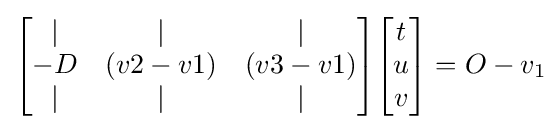
{\begin{bmatrix}\vert &\vert &\vert \\-D&(v2-v1)&(v3-v1)\\\vert &\vert &\vert \end{bmatrix}}{\begin{bmatrix}t\\u\\v\end{bmatrix}}=O-v_{1}